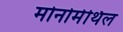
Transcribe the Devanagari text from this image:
मोनोमेथिल